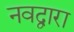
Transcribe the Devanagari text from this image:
नवद्वारा